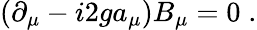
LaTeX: (\partial_{\mu}-i2ga_{\mu})B_{\mu}=0\; .